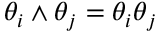
\theta _ { i } \wedge \theta _ { j } = \theta _ { i } \theta _ { j }